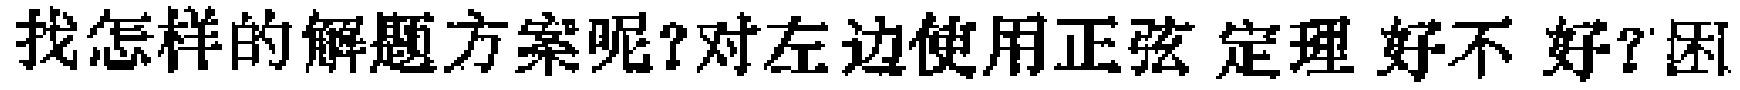
找怎样的解题方案呢?对左边使用正弦 定理 好不好?困